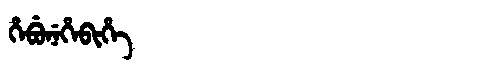
Manchu: ᡥᡝᠪᡠᠨᡝᡥᡝᠪᡳᡥᡝ
Romanization: HEBUNEHEBIHE